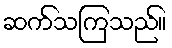
ဆက်သကြသည်။